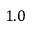
1 . 0